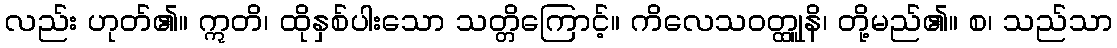
လည်း ဟုတ်၏။ ဣတိ၊ ထိုနှစ်ပါးသော သတ္တိကြောင့်။ ကိလေသဝတ္ထုူနိ၊ တို့မည်၏။ စ၊ သည်သာ